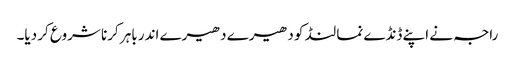
راجہ نے اپنے ڈنڈے نما لنڈ کو دھیرے دھیرے اندر باہر کرنا شروع کر دیا۔